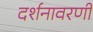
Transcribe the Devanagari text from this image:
दर्शनावरणी